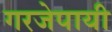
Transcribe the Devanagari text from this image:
गरजेपायी